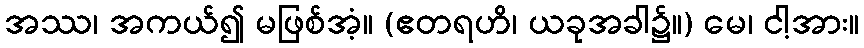
အဿ၊ အကယ်၍ မဖြစ်အံ့။ (ဧတရဟိ၊ ယခုအခါ၌။) မေ၊ ငါ့အား။